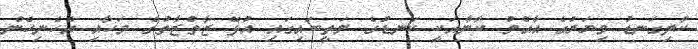
ކާލިގަނޑު މިޔަރުގެ އާއްމު ކާނާއަކީ ކަނޑުގެ މަތީބައިގައި އުޅޭ ޒާތްޒާތުގެ މަހާއި އެހެނިހެން